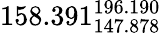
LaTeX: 158.391_{147.878}^{196.190}